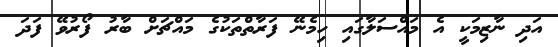
އަދި ނާޒިމަކީ އެ މައްސަލާގައި ހިމެނޭ ފަރާތްތަކުގެ މައްޗަށް ބާރު ފޯރުވޭ ފަދަ